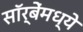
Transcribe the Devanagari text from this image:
सॉर्बेंमध्ये